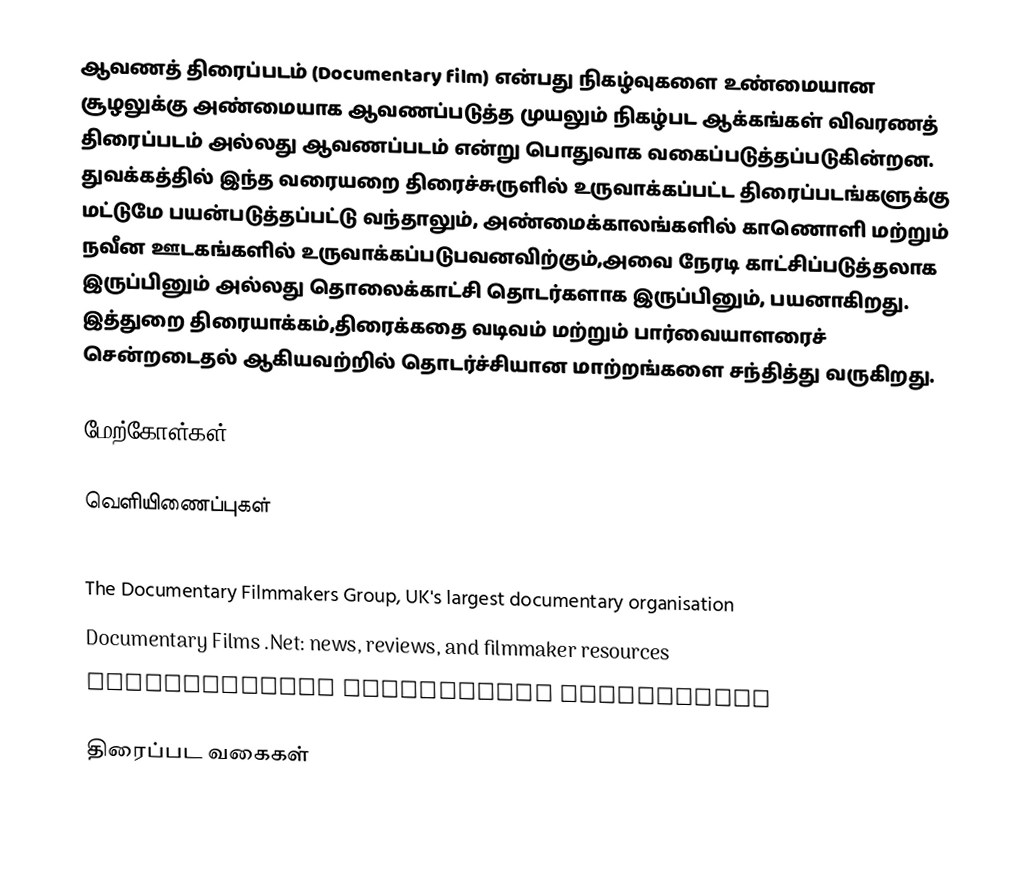
ஆவணத் திரைப்படம் (Documentary film) என்பது நிகழ்வுகளை உண்மையான சூழலுக்கு அண்மையாக ஆவணப்படுத்த முயலும் நிகழ்பட ஆக்கங்கள் விவரணத் திரைப்படம் அல்லது ஆவணப்படம் என்று பொதுவாக வகைப்படுத்தப்படுகின்றன. துவக்கத்தில் இந்த வரையறை திரைச்சுருளில் உருவாக்கப்பட்ட திரைப்படங்களுக்கு மட்டுமே பயன்படுத்தப்பட்டு வந்தாலும், அண்மைக்காலங்களில் காணொளி மற்றும் நவீன ஊடகங்களில் உருவாக்கப்படுபவனவிற்கும்,அவை நேரடி காட்சிப்படுத்தலாக இருப்பினும் அல்லது தொலைக்காட்சி தொடர்களாக இருப்பினும், பயனாகிறது. இத்துறை திரையாக்கம்,திரைக்கதை வடிவம் மற்றும் பார்வையாளரைச் சென்றடைதல் ஆகியவற்றில் தொடர்ச்சியான மாற்றங்களை சந்தித்து வருகிறது.

மேற்கோள்கள்

வெளியிணைப்புகள்
 Documentary Classics - Videography of essential documentary films via UC Berkeley Media Resources Center
 The Documentary Filmmakers Group, UK's largest documentary organisation
 Documentary Films .Net: news, reviews, and filmmaker resources
 International Documentary Association

திரைப்பட வகைகள்